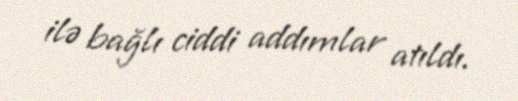
ilə bağlı ciddi addımlar atıldı.